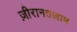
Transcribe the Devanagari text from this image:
ज़ीरानतज़ाम